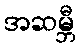
အဆမ္ဘီ